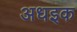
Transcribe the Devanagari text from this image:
अधइक